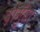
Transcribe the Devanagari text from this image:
दोमुँहा